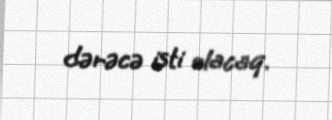
dərəcə isti olacaq.